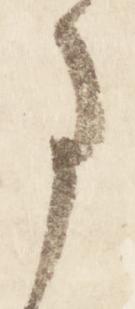
事